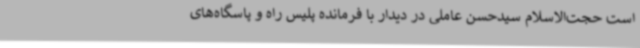
است حجت‌الاسلام سیدحسن عاملی در دیدار با فرمانده پلیس راه و پاسگاه‌های